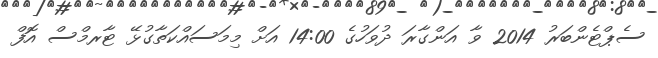
ސެޕްޓެންބަރު 2014 ވާ އަންގާރަ ދުވަހުގެ 14:00 އަށް މިމަސައްކަތާގުޅޭ ޓާރމްސް އޮފް